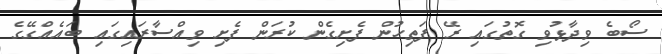
ސޯބެ ވިދާޅުވި ގޮތުގައި ރޭ ފަތިހުން ފެށިގެން ކުރަން ފެށި ވިއްސާރައިގައި ބައެއްގޭގެ